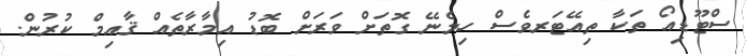
ސްޓޫޑިއޯ ތަކާ ތިއޭޓަރވެސް ހިމެނޭ ގޮތަށް ވަރަށް ބޮޑު އިމާރާތެއް ޤާއިމް ކުރުން.